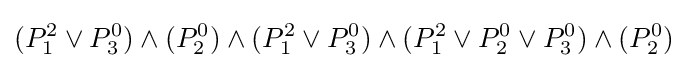
(P_{1}^{2}\lor P_{3}^{0})\land (P_{2}^{0})\land (P_{1}^{2}\lor P_{3}^{0})\land (P_{1}^{2}\lor P_{2}^{0}\lor P_{3}^{0})\land (P_{2}^{0})